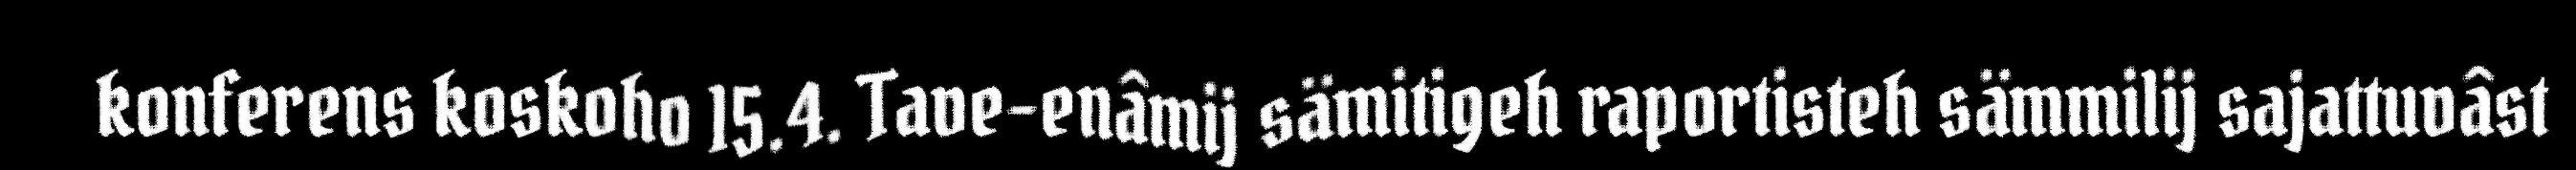
konferens koskoho 15.4. Tave-enâmij sämitigeh raportisteh sämmilij sajattuvâst